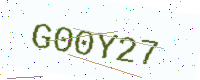
Text: G00Y27